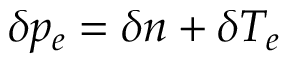
\delta p _ { e } = \delta n + \delta T _ { e }